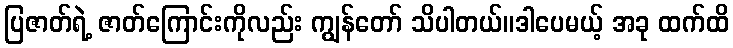
ပြဇာတ်ရဲ့ ဇာတ်ကြောင်းကိုလည်း ကျွန်တော် သိပါတယ်။ဒါပေမယ့် အခု ထက်ထိ